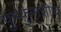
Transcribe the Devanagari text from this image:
फुप्फुसशोथ